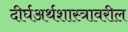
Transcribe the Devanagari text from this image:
दीर्घअर्थशास्त्रावरील